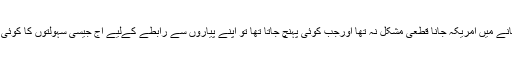
پھر ایک دن پتہ چلا کہ وہ امریکہ چلے گئے، یہاں دو باتیں ذھن میں رکھیں کہ اس زمانے میں امریکہ جانا قطعی مشکل نہ تھا اورجب کوئی پہنچ جاتا تھا تو اپنے پیاروں سے رابطے کےلیے آج جیسی سہولتوں کا کوئی تصور نہیں تھا، صرف ڈاک کے زریعے ایک ماہ میں ایک یا دو خط آتے جاتے تھے۔